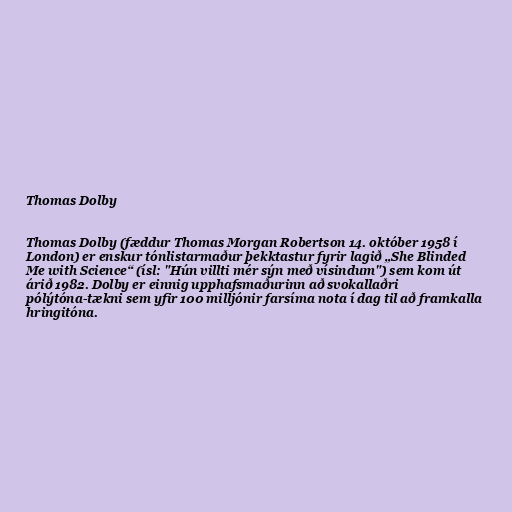
Thomas Dolby

Thomas Dolby (fæddur Thomas Morgan Robertson 14. október 1958 í
London) er enskur tónlistarmaður þekktastur fyrir lagið „She Blinded
Me with Science“ (ísl: "Hún villti mér sýn með vísindum") sem kom út
árið 1982. Dolby er einnig upphafsmaðurinn að svokallaðri
pólýtóna-tækni sem yfir 100 milljónir farsíma nota í dag til að framkalla
hringitóna.